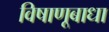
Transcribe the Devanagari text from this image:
विषाणूबाधा